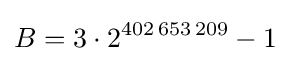
B=3\cdot 2^{402\,653\,209}-1